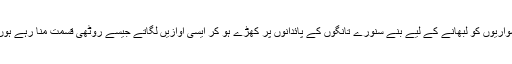
سواریوں کو لبھانے کے لیے بنے سنورے تانگوں کے پائدانوں پر کھڑے ہو کر ایسی آوازیں لگاتے جیسے روٹھی قسمت منا رہے ہوں۔